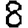
Digit: 8